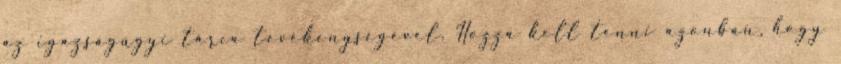
az igazságügyi tárca tevékenységével. Hozzá kell tenni azonban, hogy